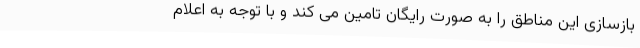
بازسازی این مناطق را به صورت رایگان تامین می کند و با توجه به اعلام